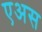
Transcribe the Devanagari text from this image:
एअस